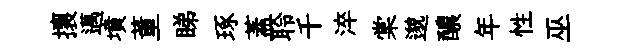
攘邁墳董睇琢蓋聆千淬棠邈醲年性巫